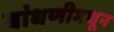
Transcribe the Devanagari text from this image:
बांधणीमधून